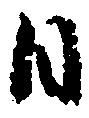
日